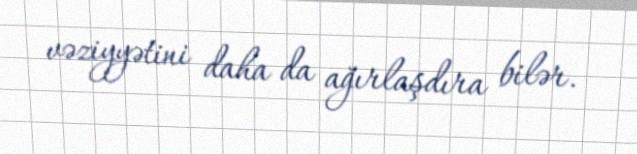
vəziyyətini daha da ağırlaşdıra bilər.